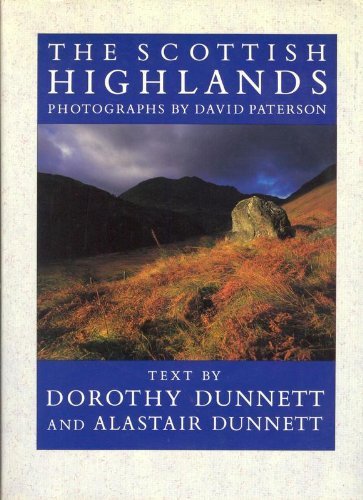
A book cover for The Scottish Highlands; Dorothy Dunnett; Travel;